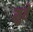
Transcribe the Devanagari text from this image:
सुवे